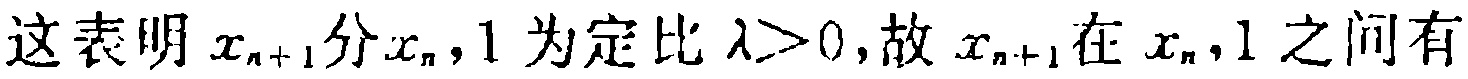
这表明$x_{n + 1}$分$x_{n},1$为定比$\lambda>0$,故$x_{n + 1}$在$x_{n},1$之间有